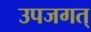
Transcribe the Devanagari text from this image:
उपजगत्